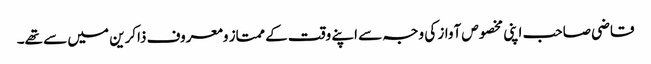
قاضی صاحب اپنی مخصوص آواز کی وجہ سے اپنے وقت کے ممتاز ومعروف ذاکرین میں سے تھے۔